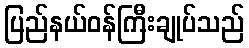
ပြည်နယ်ဝန်ကြီးချုပ်သည်